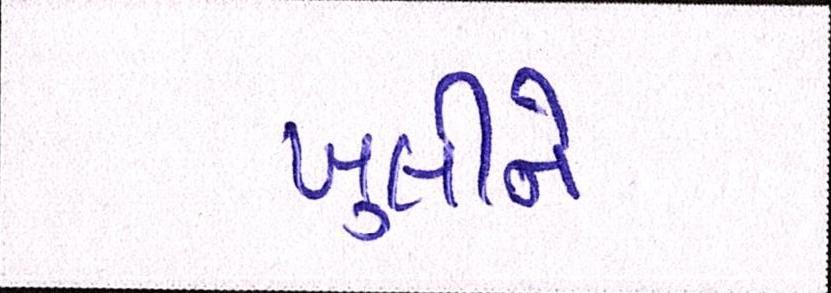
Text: ખુલીને